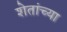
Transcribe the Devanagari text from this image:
शेतांच्या